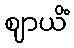
ဈာယိံ